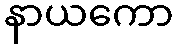
နာယကော